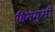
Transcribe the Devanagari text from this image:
हिमयुगी